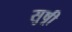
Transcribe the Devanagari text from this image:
सुष्री